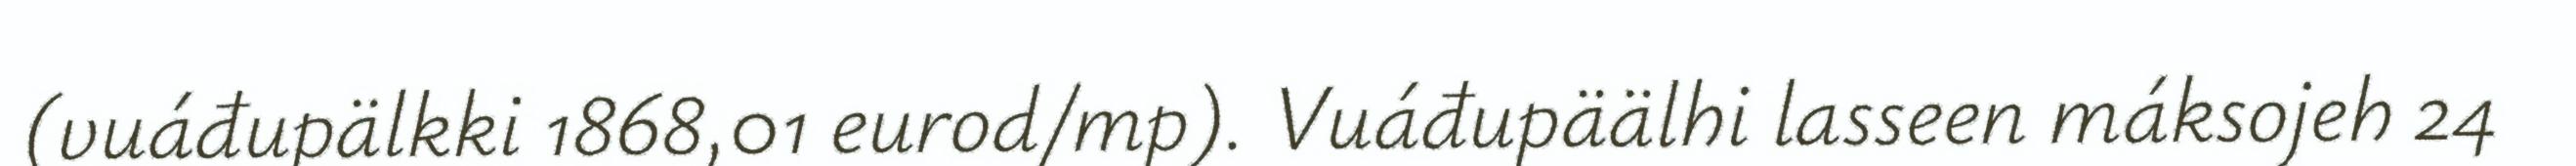
(vuáđupälkki 1868,01 eurod/mp). Vuáđupäälhi lasseen máksojeh 24